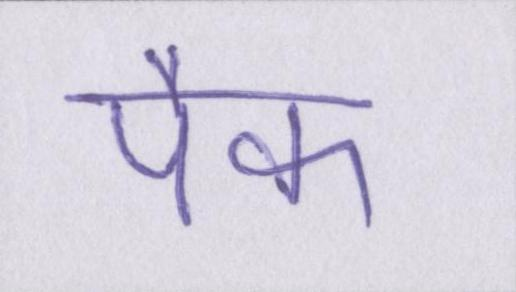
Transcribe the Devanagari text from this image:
पैक